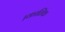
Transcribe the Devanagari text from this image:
।कातिॅक